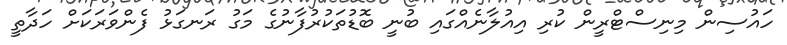
ހައުސިން މިނިސްޓްރީން ކުރި އިއުލާނެއްގައި ބުނީ ބޮޑުތަކުރުފާނުގެ މަގު ރަނގަޅު ފެންވަރަކަށް ހަދާތީ